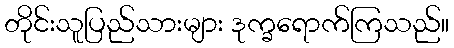
တိုင်းသူပြည်သားများ ဒုက္ခရောက်ကြသည်။